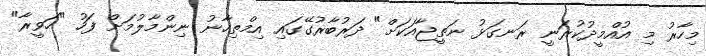
މިހާރު މި އުއްމީދުކުރަނީ ރަނގަޅު ނަތީޖާއަކަށް" ދަރުބާރުގޭގައި އިމްތިހާނު ނިންމާލުމަށް ފަހު "ހަވީރާ"